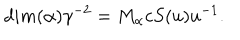
d i m ( \alpha ) \gamma ^ { - 2 } = M _ { \alpha } c S ( u ) u ^ { - 1 } .